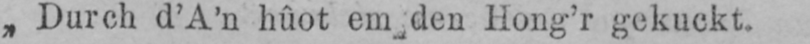
„Durch d’A’n hûot em den Hong’r gekuckt.